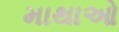
માથાઓ